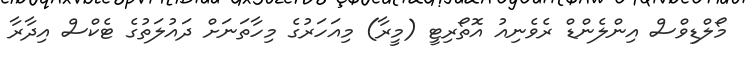
މޯލްޑިވްސް އިންލެންޑް ރެވެނިއު އޮތޯރިޓީ (މީރާ) މިއަހަރުގެ މިހާތަނަށް ދައުލަތުގެ ޓެކްސް އިދާރާ